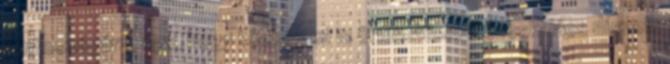
fontosságára, úgy, hogy közben mi is örülhetünk. Mézeskalács díszek: